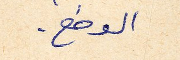
الوضع.